Civil Veterinary Department. Madras. Admin. report 1910-25 - 1910-1925
Year: 1910
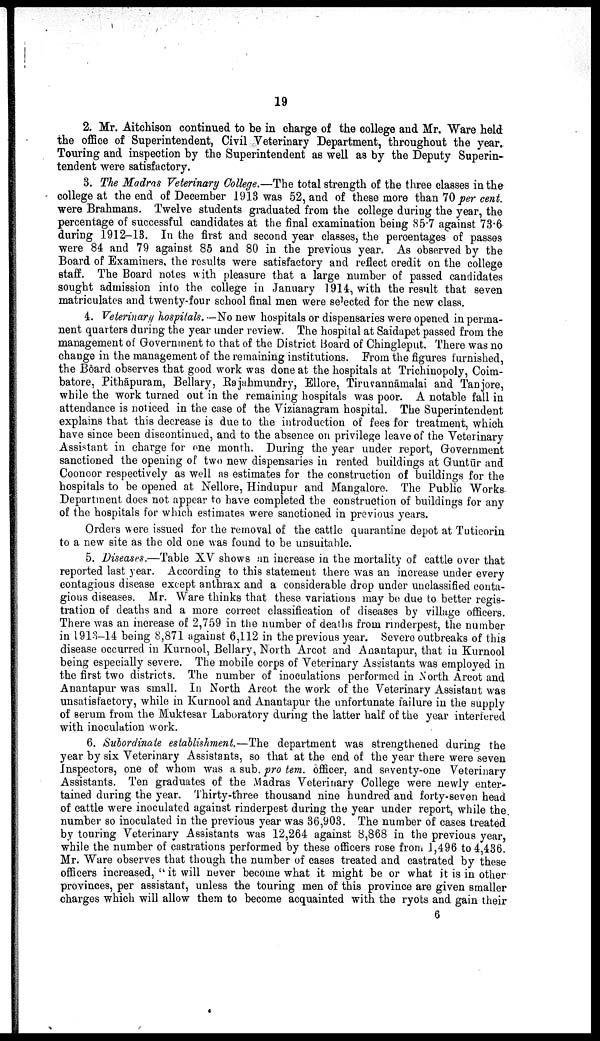
19
2. Mr. Aitchison continued to be in charge of the college and Mr. Ware held
the office of Superintendent, Civil Veterinary Department, throughout the year.
Touring and inspection by the Superintendent as well as by the Deputy Superin
tendent were satisfactory.
3. The Madras Veterinary College.—The total strength of the three classes in the
college at the end of December 1913 was 52, and of these more than 70 per cent.
were Brahmans. Twelve students graduated from the college during the year, the
percentage of successful candidates at the final examination being 85.7 against 73.6
during 1912—13. In the first and second year classes, the percentages of passes
were 84 and 79 against 85 and 80 in the previous year. As observed by the
Board of Examiners, the results were satisfactory and reflect credit on the college
staff. The Board notes with pleasure that a large number of passed candidates
sought admission into the college in January 1914, with the result that seven
matriculates and twenty-four school final men were selected for the new class.
4. Veterinary hospitals. —No new hospitals or dispensaries were opened in perma
nent quarters during the year under review. The hospital at Saidapet passed from the
management of Government to that of the District Board of Chingleput. There was no
change in the management of the remaining institutions. From the figures furnished,
the Board observes that good work was done at the hospitals at Trichinopoly, Coim-
batore, Pithāpuram, Bellary, Rajahmundry, Ellore, Tirurannāmalai and Tanjore,
while the work turned out in the remaining hospitals was poor. A notable fall in
attendance is noticed in the case of the Vizianagram hospital. The Superintendent
explains that this decrease is due to the introduction of fees for treatment, which
have since been discontinued, and to the absence on privilege leave of the Veterinary
Assistant in charge for one month. During the year under report, Government
sanctioned the opening of two new dispensaries in rented buildings at Guntūr and
Coonoor respectively as well as estimates for the construction of buildings for the
hospitals to be opened at Nellore, Hindupur and Mangalore. The Public Works
Department does not appear to have completed the construction of buildings for any
of the hospitals for which estimates were sanctioned in previous years.
Orders were issued for the removal of the cattle quarantine depot at Tuticorin
to a new site as the old one was found to be unsuitable.
5. Diseases.—Table XV shows an increase in the mortality of cattle over that
reported last year. According to this statement there was an increase under every
contagious disease except anthrax and a considerable drop under unclassified conta
gious diseases. Mr. Ware thinks that these variations may be due to better regis
tration of deaths and a more correct classification of diseases by village officers.
There was an increase of 2,759 in the number of deaths from rinderpest, the number
in 1913-14 being 8,871 against 6,112 in the previous year. Severe outbreaks of this
disease occurred in Kurnool, Bellary, North Arcot and Anantapur, that in Kurnool
being especially severe. The mobile corps of Veterinary Assistants was employed in
the first two districts. The number of inoculations performed in North Arcot and
Anantapur was small. In North Arcot the work of the Veterinary Assistant was
unsatisfactory, while in Kurnool and Anantapur the unfortunate failure in the supply
of serum from the Muktesar Laboratory during the latter half of the year interfered
with inoculation work.
6. Subordinate establishment.—The department was strengthened during the
year by six Veterinary Assistants, so that at the end of the year there were seven
Inspectors, one of whom was a sub. pro tem. officer, and seventy-one Veterinary
Assistants. Ten graduates of the Madras Veterinary College were newly enter
tained during the year. Thirty-three thousand nine hundred and forty-seven head
of cattle were inoculated against rinderpest during the year under report, while the
number so inoculated in the previous year was 36,903. The number of cases treated
by touring Veterinary Assistants was 12,264 against 8,868 in the previous year,
while the number of castrations performed by these officers rose from 1,496 to 4,436.
Mr. Ware observes that though the number of cases treated and castrated by these
officers increased, "it will never become what it might be or what it is in other
provinces, per assistant, unless the touring men of this province are given smaller
charges which will allow them to become acquainted with the ryots and gain their
6